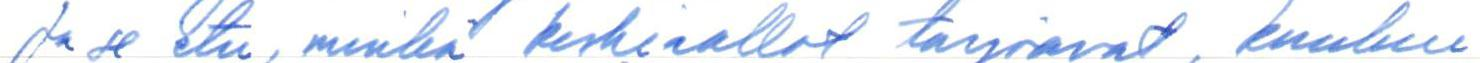
Ja se etu, minkä keskiaallot tarjoavat, kuuluu